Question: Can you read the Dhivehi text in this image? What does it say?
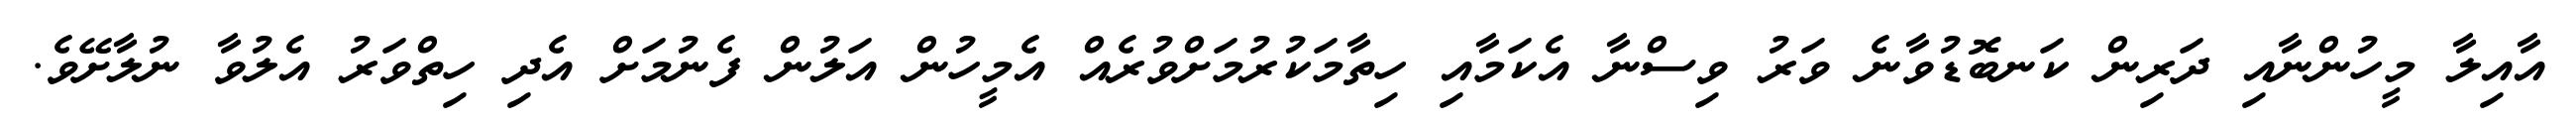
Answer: އާއިލާ މީހުންނާއި ދަރިން ކަނބޮޑުވާނެ ވަރު ވިސްނާ އެކަމާއި ހިތާމަކުރުމަށްވުރެއް އެމީހުން އަލުން ފެނުމަށް އެދި ހިތްވަރު އެލުވާ ނުލާށޭވެ.